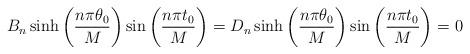
LaTeX: \begin{align*}\begin{aligned}B_n \sinh\left(\frac{n\pi\theta_0}{M}\right)\sin\left(\frac{n\pi t_0}{M}\right)=D_n \sinh\left(\frac{n\pi\theta_0}{M}\right)\sin\left(\frac{n\pi t_0}{M}\right)=0\end{aligned}\end{align*}